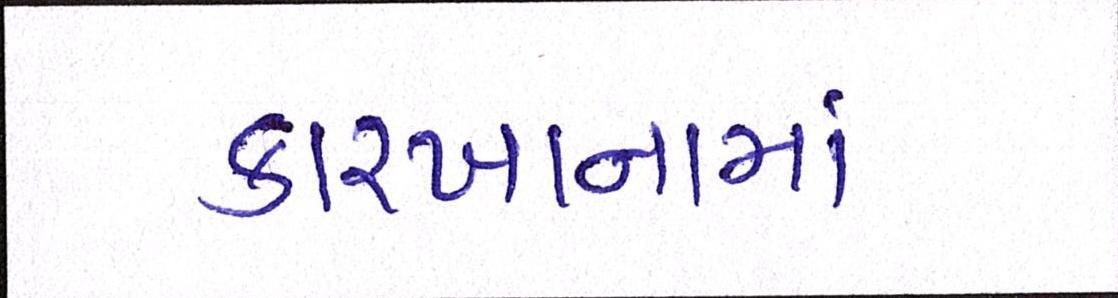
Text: કારખાનામાં